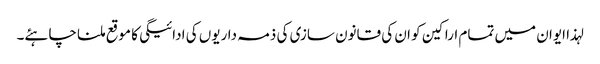
لہذا ایوان میں تمام اراکین کو ان کی قانون سازی کی ذمہ داریوں کی ادائیگی کا موقع ملنا چاہئے۔